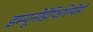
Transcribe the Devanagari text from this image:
इम्यूनोडेफिशियेंसी